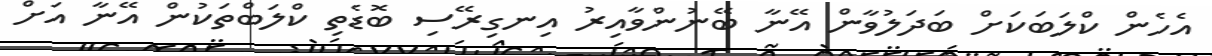
އެހެން ކްލަބަަކަށް ބަދަލުވާާން އޭނާ ބޭނުންވާއިރު އިނގިރޭސި ބޮޑެތި ކްލަބްތަކުން އޭނާ އަށް